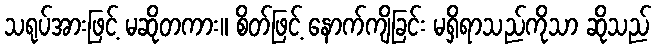
သရုပ်အားဖြင့် မဆိုတကား။ စိတ်ဖြင့် နောက်ကျိခြင်း မရှိရာသည်ကိုသာ ဆိုသည်